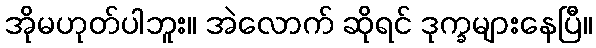
အိုမဟုတ်ပါဘူး။ အဲလောက် ဆိုရင် ဒုက္ခများနေပြီ။